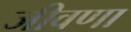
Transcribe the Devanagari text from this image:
जीवणा